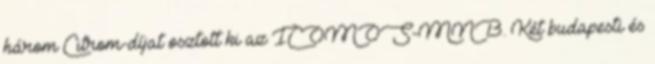
három Citrom-díjat osztott ki az ICOMOS-MNB. Két budapesti és